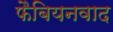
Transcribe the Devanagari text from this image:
फैबियनवाद